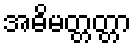
အဓိမတ္တတ္တာ